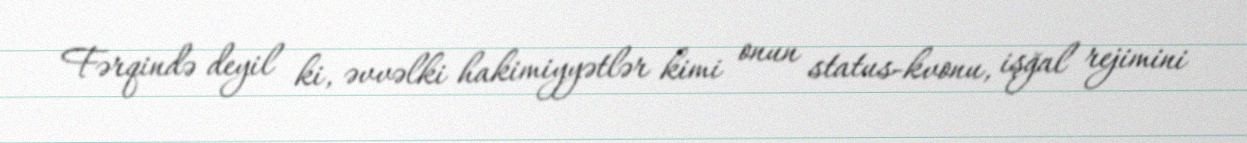
Fərqində deyil ki, əvvəlki hakimiyyətlər kimi onun status-kvonu, işğal rejimini